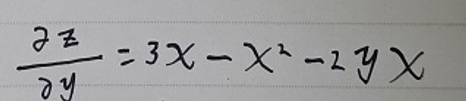
\[
\frac{\partial z}{\partial y}=3x - x^{2}-2yx
\]